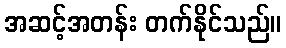
အဆင့်အတန်း တက်နိုင်သည်။